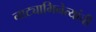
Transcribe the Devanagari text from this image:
नाट्याभिनेत्यांची